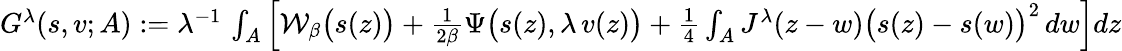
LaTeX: \begin{array}{r}{G^{\lambda}({s},{v};A):=\lambda^{-1}\, \int_{A}\Big[\mathcal{W}_{\beta}\big({s}(z)\big)+\frac{1}{2\beta}\Psi\big({s}(z),\lambda\, {v}(z)\big)+\frac{1}{4}\int_{A}J^{\lambda}(z-w)\big({s}(z)-{s}(w)\big)^{2}\, dw\Big]dz}\end{array}